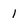
Character: 1